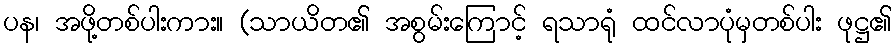
ပန၊ အဖို့တစ်ပါးကား။ (သာယိတ၏ အစွမ်းကြောင့် ရသာရုံ ထင်လာပုံမှတစ်ပါး ဖုဋ္ဌ၏